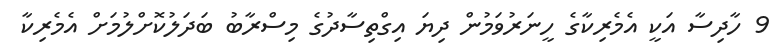
9 ހާދިސާ އަކީ އެމެރިކާގެ ހީނަރުވަމުން ދިޔަ އިގްތިސާދުގެ މިސްރާބު ބަދަލުކޮށްލުމަށް އެމެރިކާ